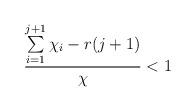
LaTeX: \begin{align*} \frac{\sum\limits_{i=1}^{j+1}\chi_i - r(j+1)}{\chi} < 1 \end{align*}